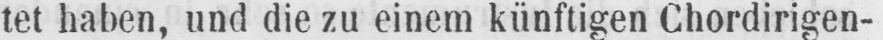
tet haben, und die zu einem künftigen Chordirigen-